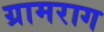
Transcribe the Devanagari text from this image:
ग्रामराग